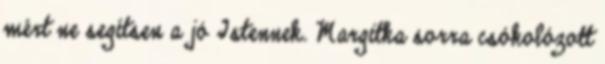
mért ne segítsen a jó Istennek. Margitka sorra csókolózott